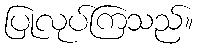
ပြုလုပ်ကြသည်။